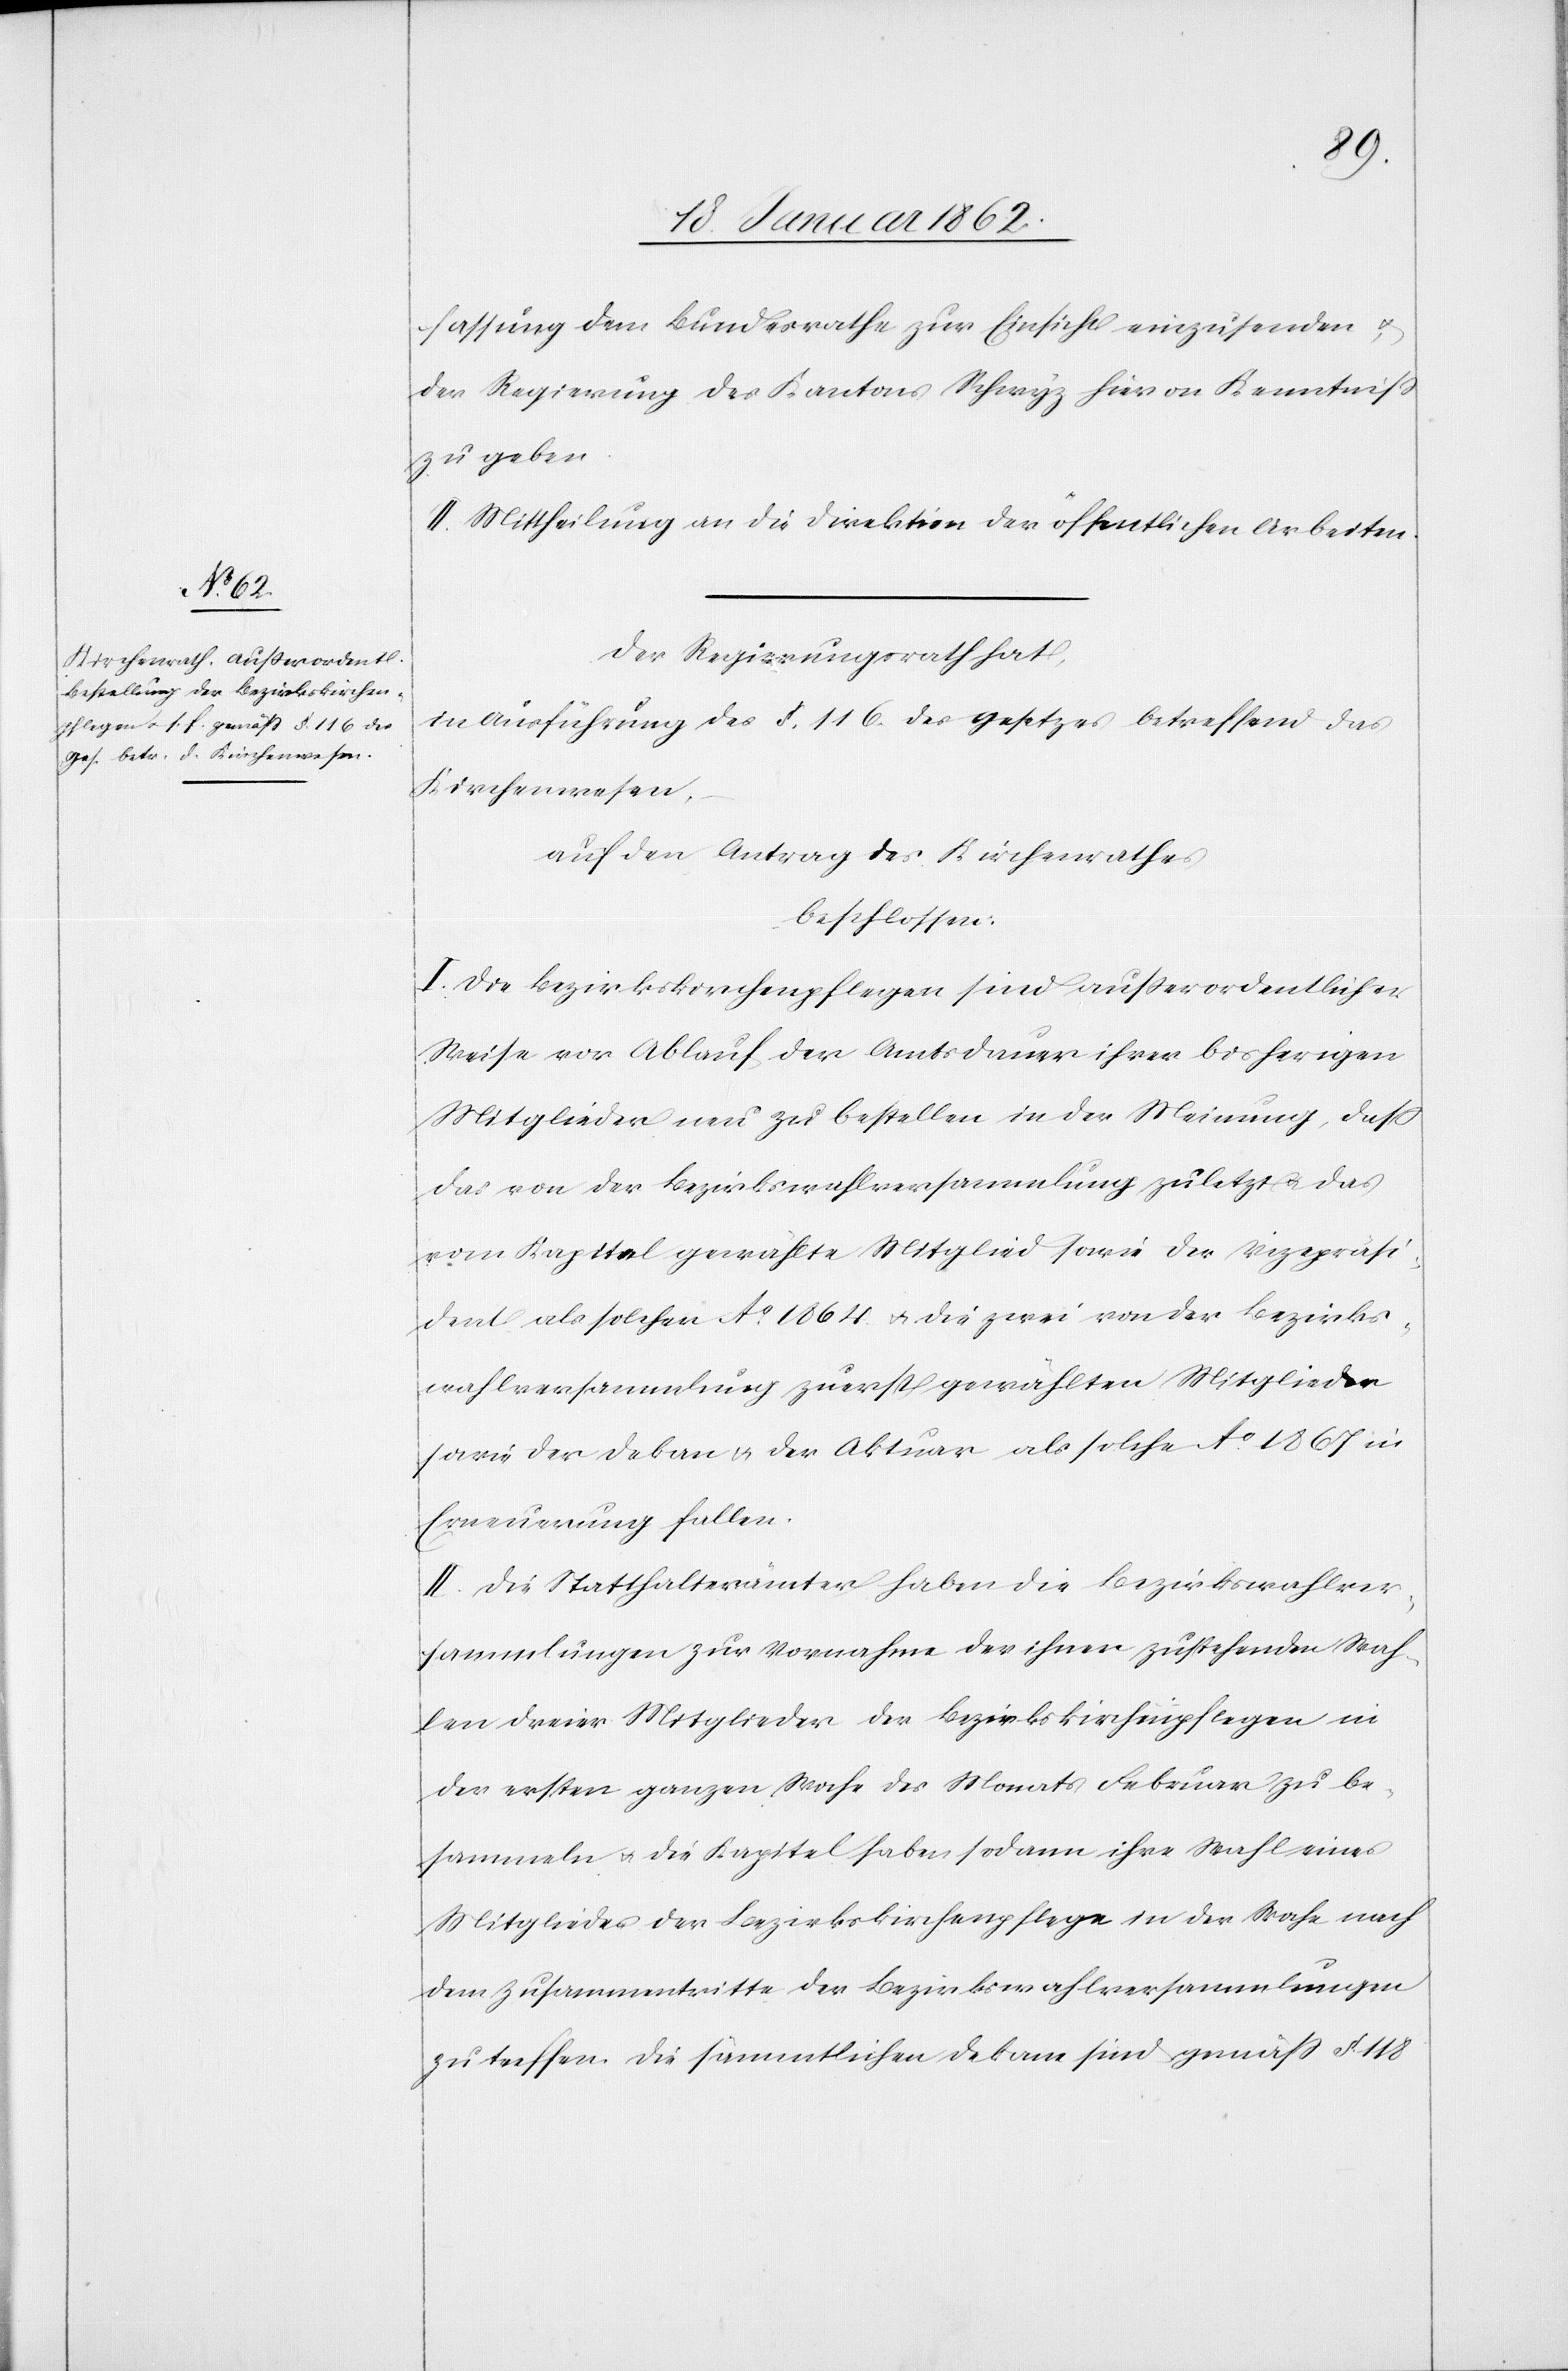
fassung dem Bundesrathe zur Einsicht einzusenden u.
der Regierung des Kantons Schwyz hiervon Kenntniß
zu geben.
II. Mittheilung an die Direktion der öffentlichen Arbeiten.
Der Regierungsrath hat,
in Ausführung des §. 116 des Gesetzes betreffend das
Kirchenwesen,
auf den Antrag des Kirchenrathes
beschlossen:
I. Die Bezirkskirchenpflegen sind außerordentlicher
Weise vor Ablauf der Amtsdauer ihrer bisherigen
Mitglieder neu zu bestellen in der Meinung, daß
das von der Bezirkswahlversammlung zuletzt u. das
vom Kapitel gewählte Mitglied sowie der Vicepräsi¬
dent als solcher Ao. 1864. u. die zwei von der Bezirks¬
wahlversammlung zuerst gewählten Mitglieder
sowie der Dekan u. der Aktuar als solche Ao. 1867 in
Erneuerung fallen.
II. Die Statthalterämter haben die Bezirkswahlver¬
sammlungen zur Vornahme der ihnen zustehenden Wah¬
len dreier Mitglieder der Bezirkskirchenpflegen in
der ersten ganzen Woche des Monats Februar zu be¬
sammeln u. die Kapitel haben sodann ihre Wahl eines
Mitgliedes der Bezirkskirchenpflege in der Woche nach
dem Zusammentritte der Bezirkswahlversammlungen
zu treffen. Die sämmtlichen Dekane sind gemäß § 118